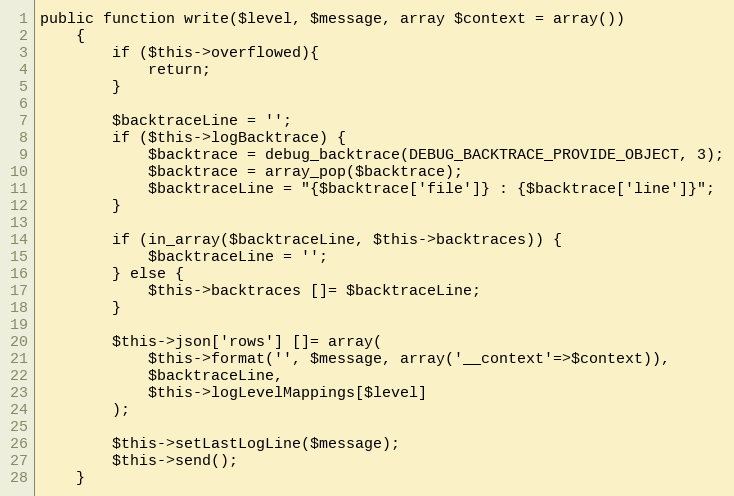
Language: PHP
public function write($level, $message, array $context = array())
    {
        if ($this->overflowed){
            return;
        }

        $backtraceLine = '';
        if ($this->logBacktrace) {
            $backtrace = debug_backtrace(DEBUG_BACKTRACE_PROVIDE_OBJECT, 3);
            $backtrace = array_pop($backtrace);
            $backtraceLine = "{$backtrace['file']} : {$backtrace['line']}";
        }

        if (in_array($backtraceLine, $this->backtraces)) {
            $backtraceLine = '';
        } else {
            $this->backtraces []= $backtraceLine;
        }

        $this->json['rows'] []= array(
            $this->format('', $message, array('__context'=>$context)),
            $backtraceLine,
            $this->logLevelMappings[$level]
        );

        $this->setLastLogLine($message);
        $this->send();
    }